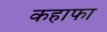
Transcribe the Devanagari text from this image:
कहाफा